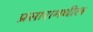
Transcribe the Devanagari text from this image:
प्रसारामधील